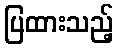
ပြထားသည့်